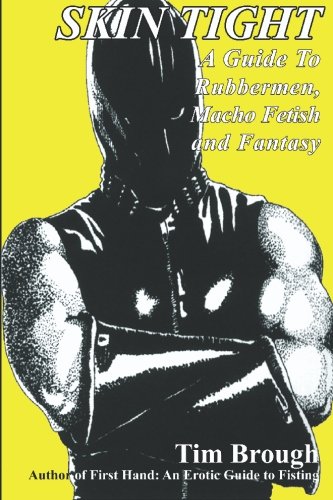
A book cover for Skin Tight: Rubbermen, Macho Fetish and Fantasy; Tim Brough; Romance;